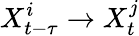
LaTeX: X_{t-\tau}^{i}\rightarrow X_{t}^{j}